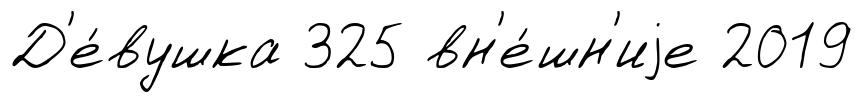
Д'е́вушка 325 вн'е́шн'иjе 2019